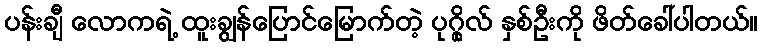
ပန်းချီ လောကရဲ့ ထူးချွန်ပြောင်မြောက်တဲ့ ပုဂ္ဂိုလ် နှစ်ဦးကို ဖိတ်ခေါ်ပါတယ်။